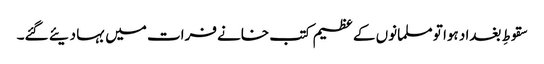
سقوطِ بغداد ہوا تو مسلمانوں کے عظیم کتب خانے فرات میں بہا دیئے گئے۔